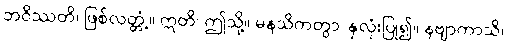
ဘဝိဿတိ၊ ဖြစ်လတ္တံ့။ ဣတိ၊ ဤသို့။ မနသိကတွာ၊ နှလုံးပြု၍။ နဗျာကာသိ၊